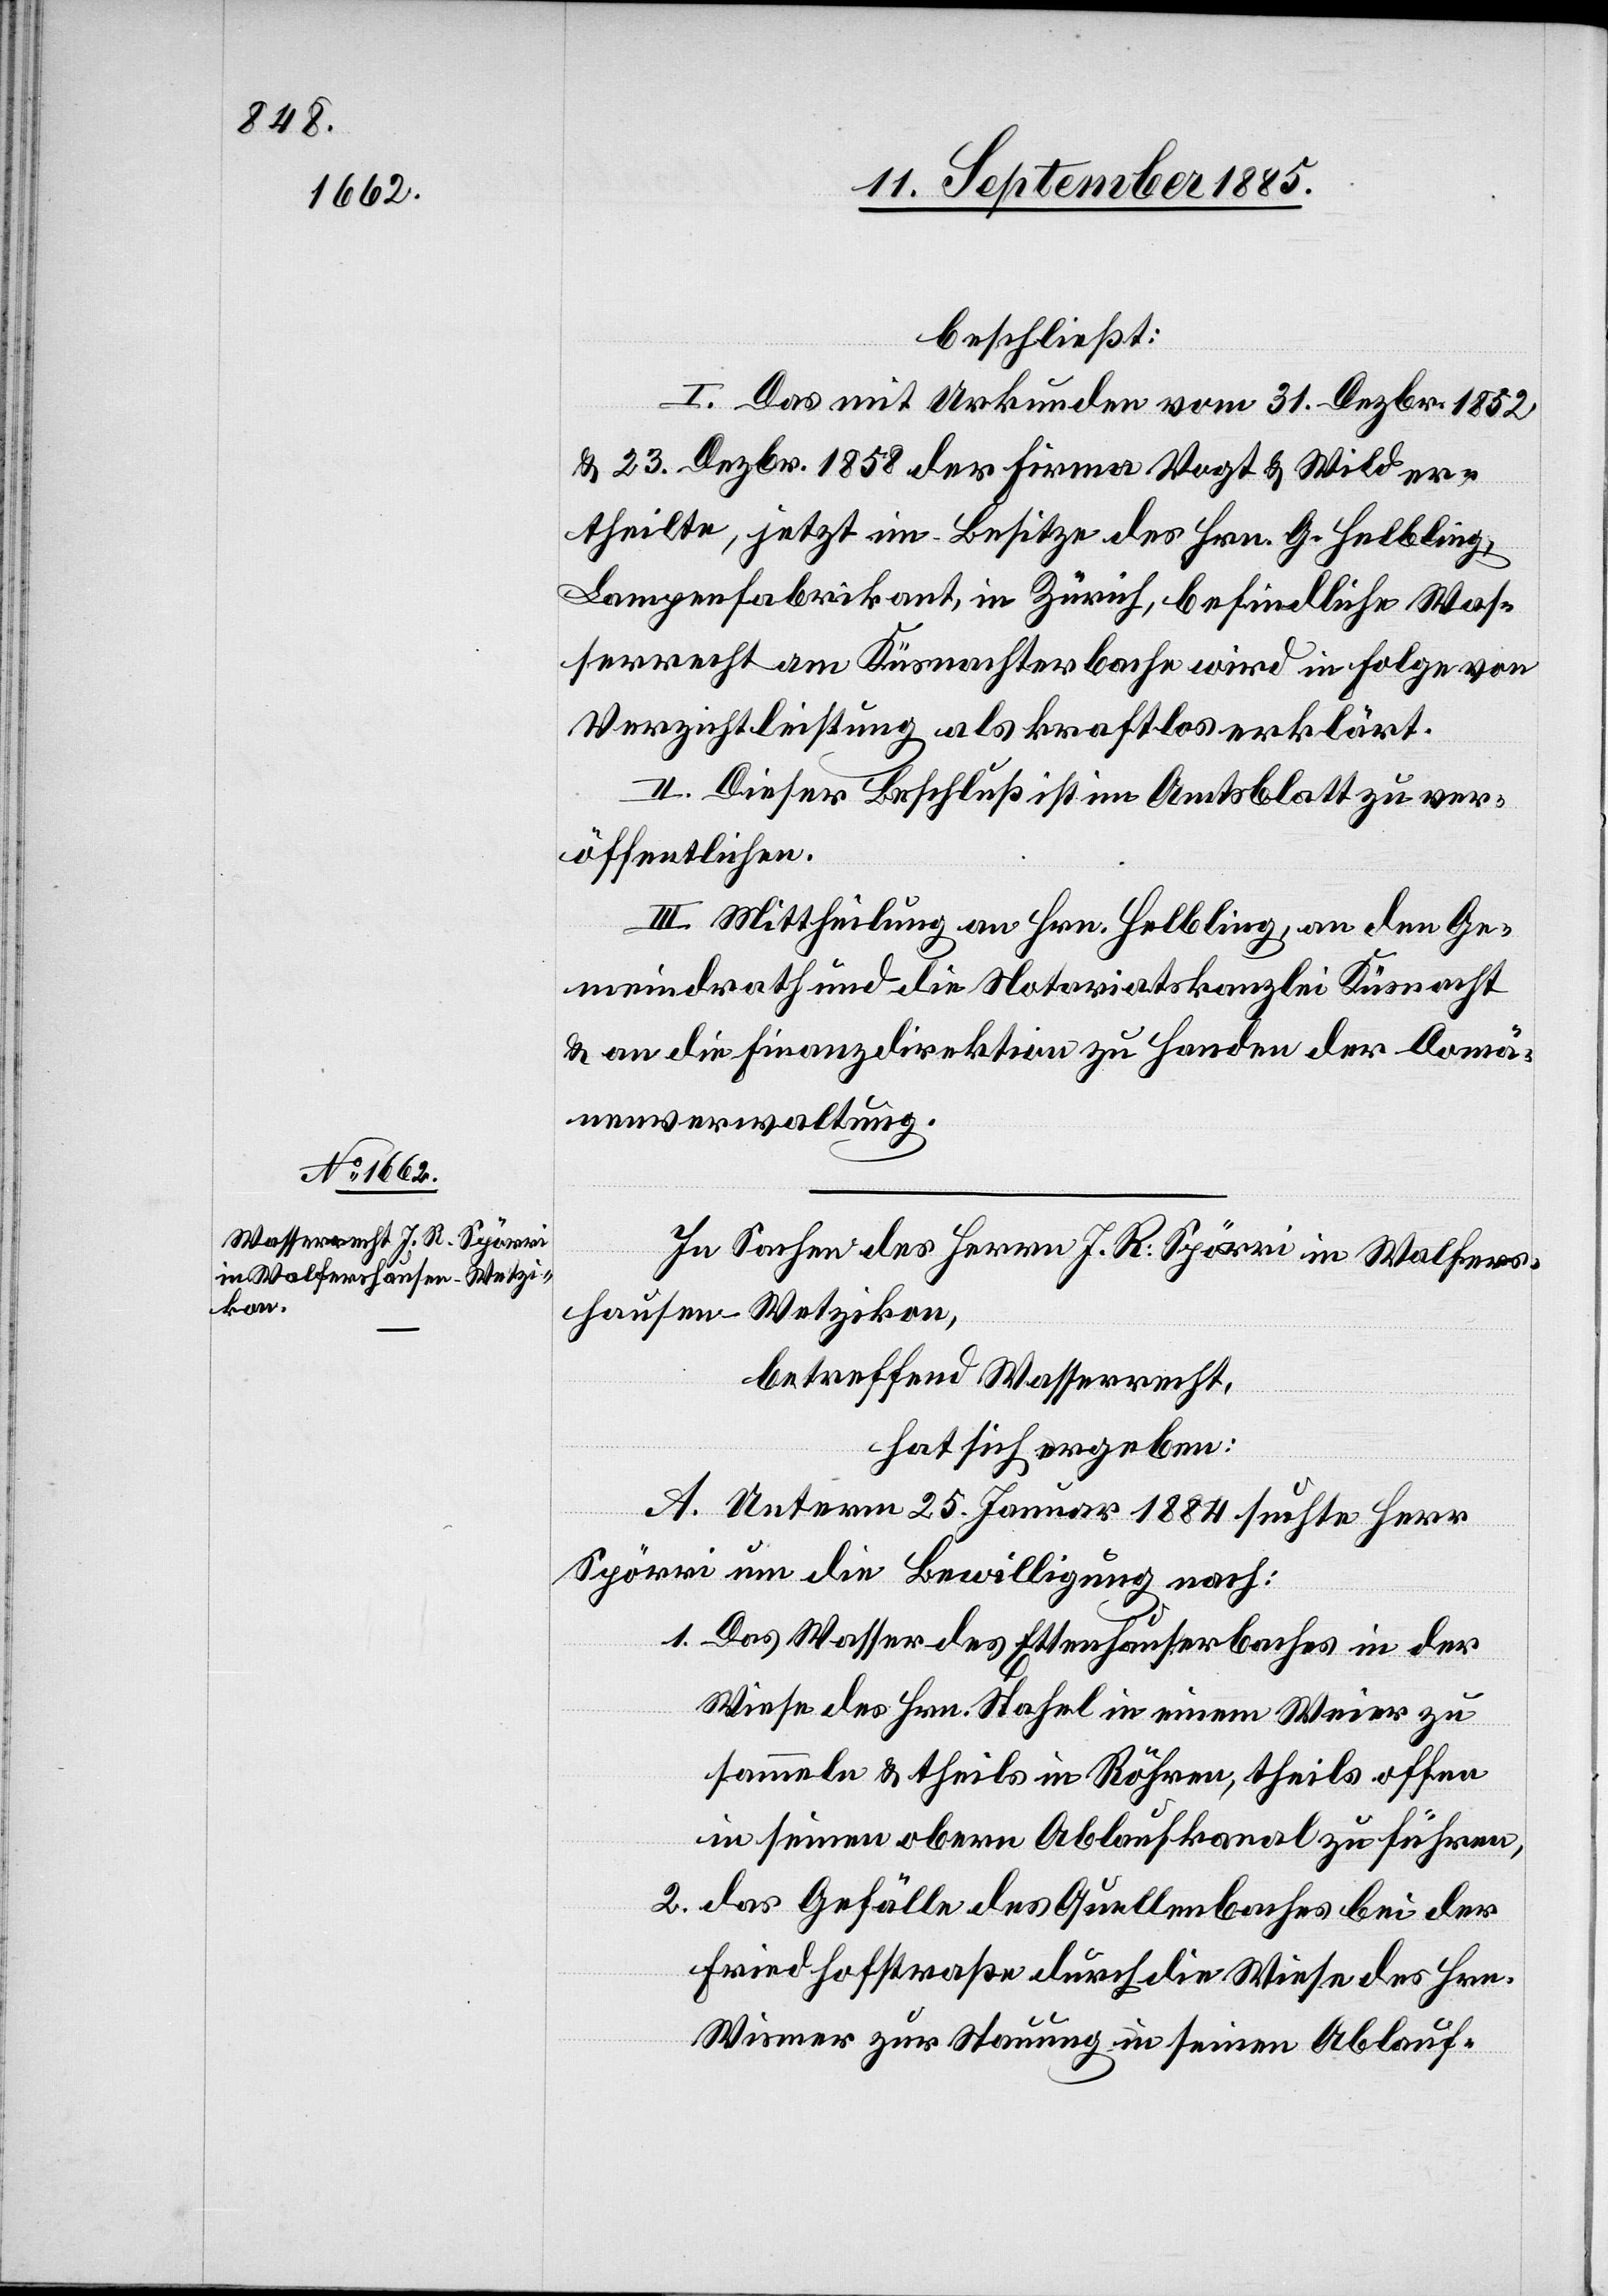
beschließt:
I. Das mit Urkunden vom 31. Dezbr. 1852
& 23. Dezbr. 1858 der Firma Vogt & Wild er¬
theilte, jetzt im Besitze des Hrn. G. Helbling
Lampenfabrikant, in Zürich, befindliche Was¬
serecht am Küsnachterbache wird in Folge von
Verzichtleistung als kraftlos erklärt.
II. Dieser Beschluß ist im Amtsblatt zu ver¬
öffentlichen.
III. Mittheilung an Hrn. Helbling, an den Ge¬
meindrath und die Notariatskanzlei Küsnacht
& an die Finanzdirektion zu Handen der Domä¬
nenverwaltung.
In Sachen des Herrn J. R. Spörri in Walfers¬
hausen - Wetzikon,
betreffend Wasserrecht,
hat sich ergeben:
A. Unterm 25. Januar 1884 suchte Herr
Spörri um die Bewilligung nach:
1. Das Wasser des Ettenhauserbaches in der
Wiese des Hrn. Stahel in einem Weier zu
sammeln & theils in Röhren, theils offen
in seinen obern Ablaufkanal zu führen,
2. das Gefälle des Quellenbaches bei der
Friedhofstraße durch die Wiese des Hrn.
Wismer zur Stauung in seinen Ablauf-